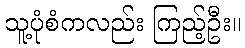
သူ့ပုံစံကလည်း ကြည့်ဦး။